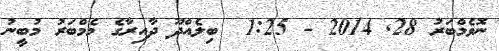
ނޮވެމްބަރު 28